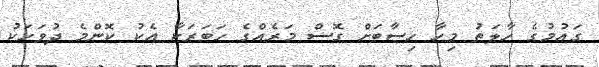
ގައުމުގެ ހާލަތު މިހާ ހިސާބަށް ގޮސް މަރެއްގެ ހަބަރަކާ އެކު ކޮންމެ ދުވަހަކު